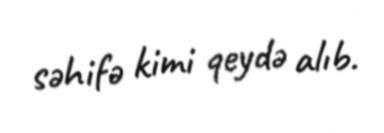
səhifə kimi qeydə alıb.